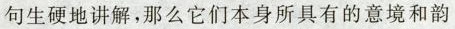
句生硬地讲解,那么它们本身所具有的意境和韵